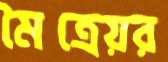
মৈত্রেয়র